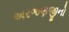
અરજણજીનો